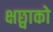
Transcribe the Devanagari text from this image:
क्षछ्वाको